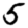
Digit: 5